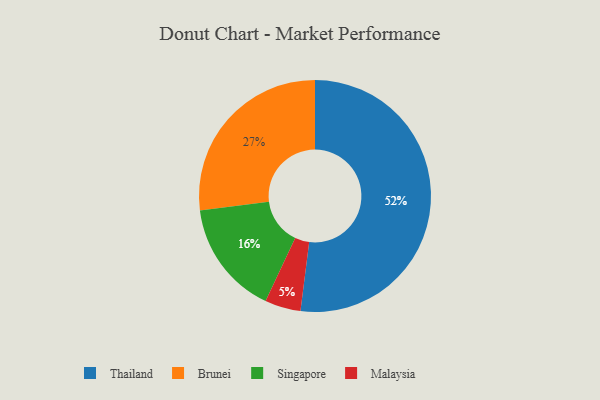
{"axis": {"x": "Category", "y": "Percentage"}, "legend": ["Brunei", "Malaysia", "Singapore", "Thailand"], "data": [{"x": "Thailand", "y": 52, "type": "Thailand"}, {"x": "Singapore", "y": 16, "type": "Singapore"}, {"x": "Brunei", "y": 27, "type": "Brunei"}, {"x": "Malaysia", "y": 5, "type": "Malaysia"}]}